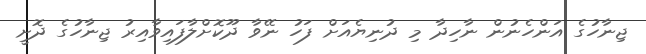
ޖިނާހުގެ އަންހެނުން ނާހިދާ މި ދުނިޔެއަށް ފަހު ނޭވާ ދޫކޮށްލާފައިވާއިރު ޖިނާހުގެ ދޮށީ